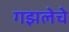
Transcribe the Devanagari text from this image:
गझलेचे